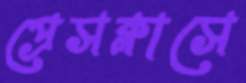
প্রেসক্লাসে